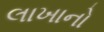
લાખાનો